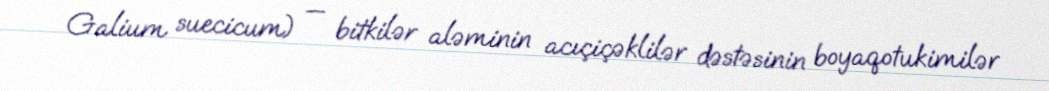
Galium suecicum) — bitkilər aləminin acıçiçəklilər dəstəsinin boyaqotukimilər